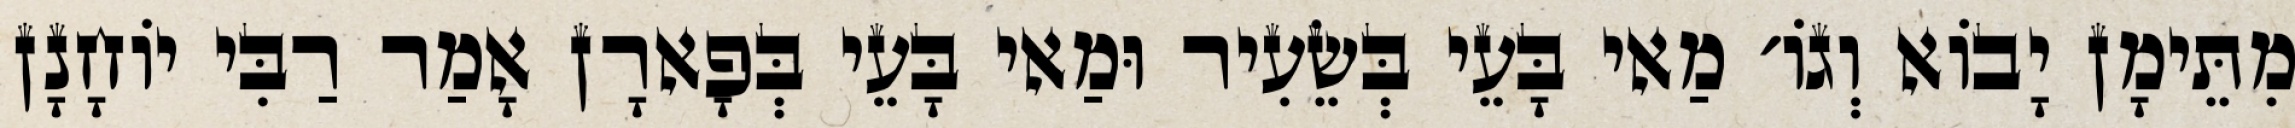
מִתֵּימָן יָבוֹא וְגוֹ׳ מַאי בָּעֵי בְּשֵׂעִיר וּמַאי בָּעֵי בְּפָארָן אָמַר רַבִּי יוֹחָנָן